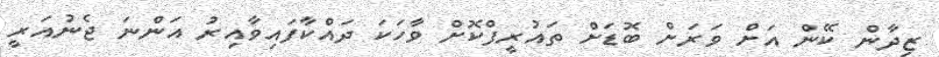
ޒިދާން ކޭން އަށް ވަރަށް ބޮޑަށް ތައުރީފްކޮށް ވާހަކަ ދައްކާފައިވާއިރު އަންނަ ޖެނުއަރީ